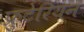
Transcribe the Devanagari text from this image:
फ्रुटेरियन